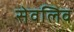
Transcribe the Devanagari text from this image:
सेवलिव